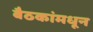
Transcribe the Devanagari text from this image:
बैठकांमधून